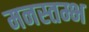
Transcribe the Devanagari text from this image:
मनस्तम्भ